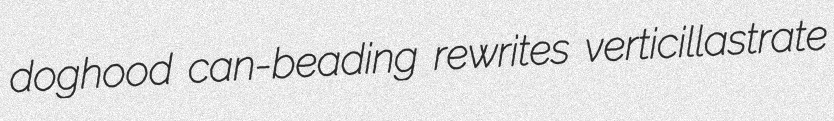
doghood can-beading rewrites verticillastrate